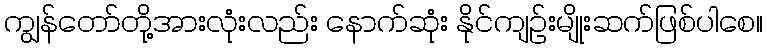
ကျွန်တော်တို့အားလုံးလည်း နောက်ဆုံး နိုင်ကျဉ်းမျိုးဆက်ဖြစ်ပါစေ။